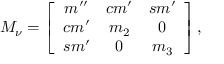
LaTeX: { \cal M } _ { \nu } = \left[ \begin{array} { c c c } { { m ^ { \prime \prime } } } & { { c m ^ { \prime } } } & { { s m ^ { \prime } } } \\ { { c m ^ { \prime } } } & { { m _ { 2 } } } & { { 0 } } \\ { { s m ^ { \prime } } } & { { 0 } } & { { m _ { 3 } } } \end{array} \right] ,